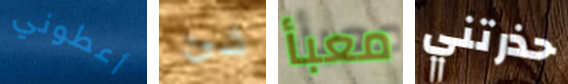
أعطوني شئ معبأ حذرتني